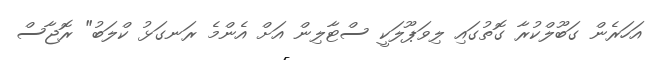
އަހަރެން ގަބޫލްކުރާ ގޮތުގައި ލިވަޕޫލަކީ ސްޓާލިން އަށް އެންމެ ރަނގަޅު ކްލަބު" ރޮޖާސް